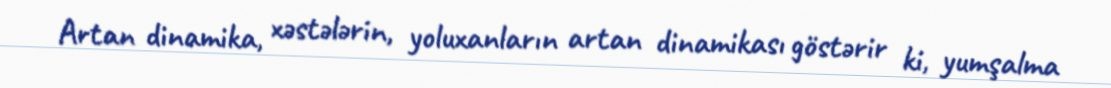
Artan dinamika, xəstələrin, yoluxanların artan dinamikası göstərir ki, yumşalma